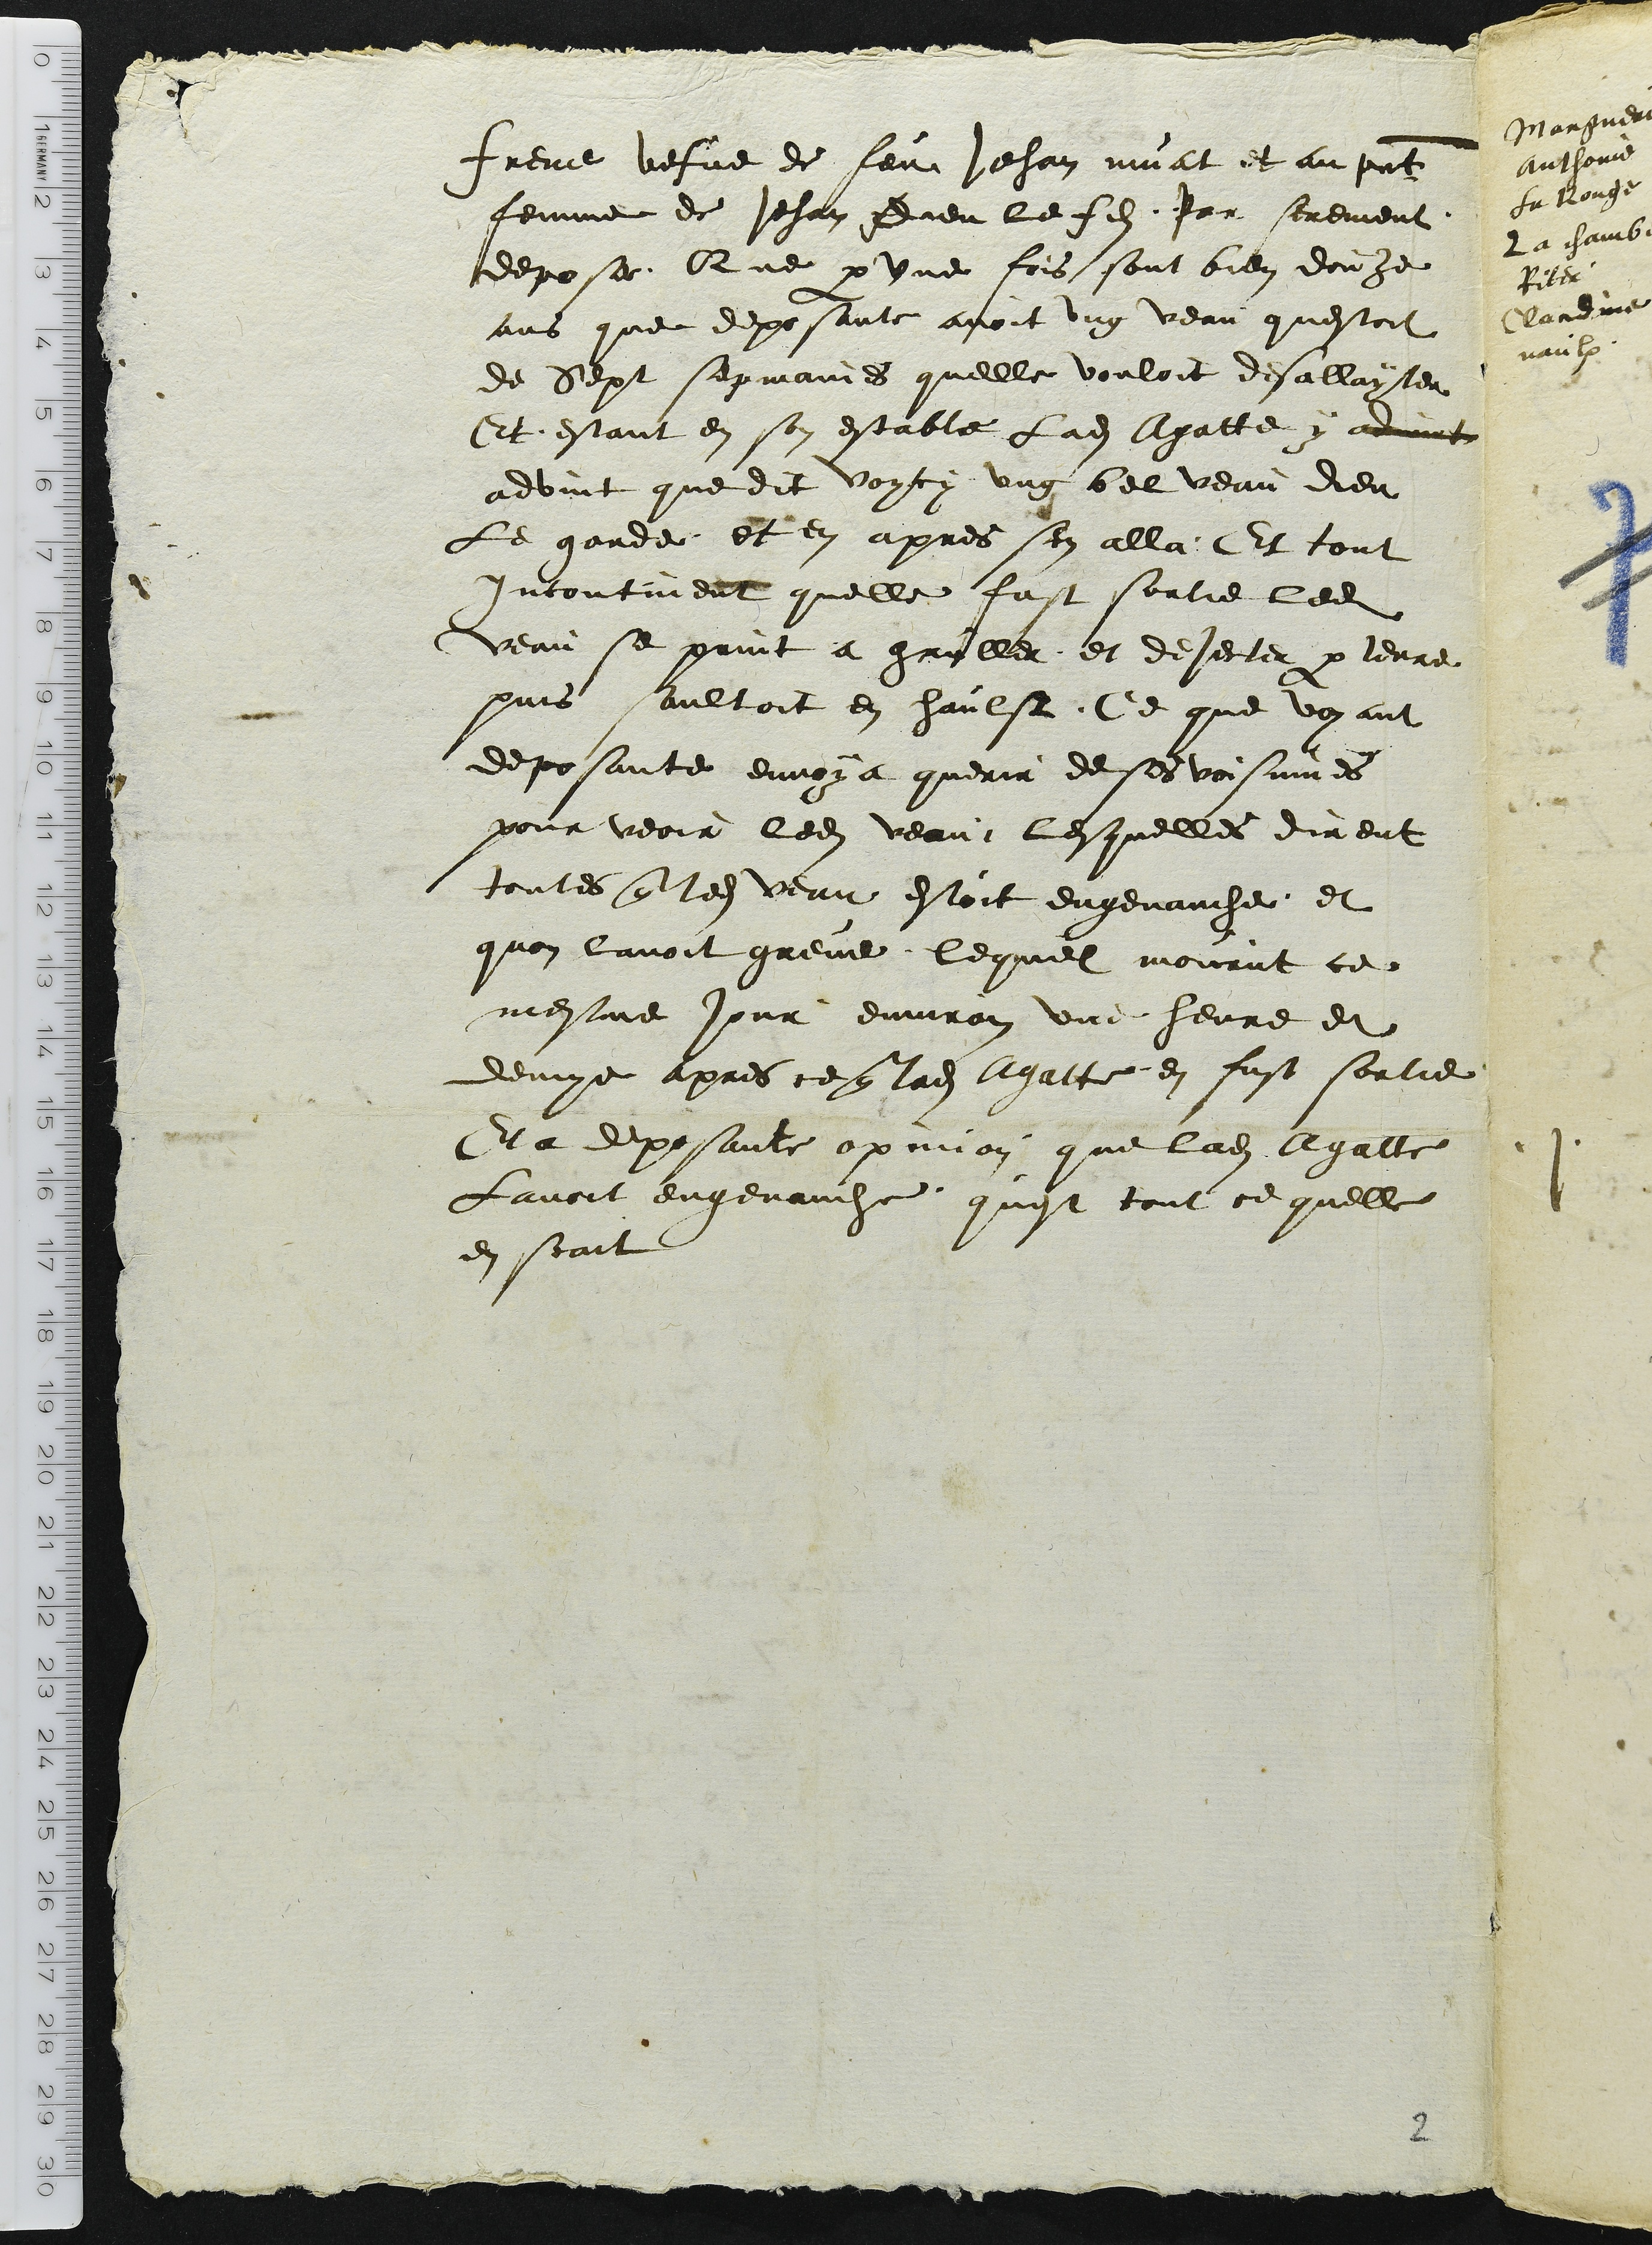
Frene vefve de feu Jehan muat et au présent
femme de Jehan Dieu le fils. Par serement
depose Que par une fois sont bien douze
ans que deposante avoir ung veau questoit
de Sept sepmaines quelle vouloit desallayter
Et estant en son estable Ladite Agatte y advint
advint que dit voycy ung bel veau dieu
Le garde et en apres sen alla. Et tout
Incontinent quelle fust sortie ledit
veau se print a gruller et dejecter par terre
puis saultoit en haulst. Ce que voyant
deposante envoya querir de ses voisinnes
pour veoir ledit veau, lesquelles dirent
 toutes que ledit veau estoit engenauche et
quon lavoit greve, lequel mourut ce
mesme jour environ une heure et
demye apres ce que ladite Agatte en fust sortie
Et a deposante opinion que ladite Agatte
Lavoit engenauche quest tout ce quelle
en scait

2